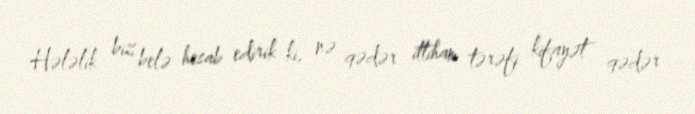
Hələlik biz belə hesab edirik ki, nə qədər ittiham tərəfi kifayət qədər